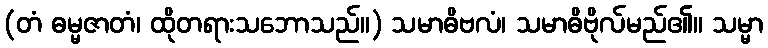
(တံ ဓမ္မဇာတံ၊ ထိုတရားသဘောသည်။) သမာဓိဗလံ၊ သမာဓိဗိုလ်မည်၏။ သမ္မာ